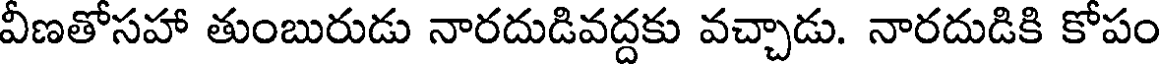
వీణతోసహా తుంబురుడు నారదుడివద్దకు వచ్చాడు. నారదుడికి కోపం